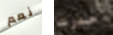
نعم حذرت